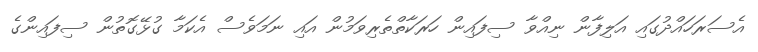
އެސަރަހައްދުގައި އަލިފާން ނިއްވާ ސިފައިން ހަރަކާތްތެރިވަމުން އައި ނަމަވެސް އެކަމާ ގުޅޭގޮތުން ސިފައިންގެ